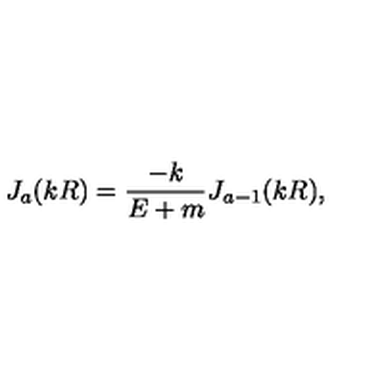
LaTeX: J _ { a } ( k R ) = \frac { - k } { E + m } J _ { a - 1 } ( k R ) ,